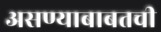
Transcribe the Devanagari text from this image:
असण्याबाबतची